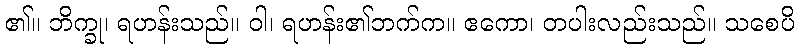
၏။ ဘိက္ခု၊ ရဟန်းသည်။ ဝါ၊ ရဟန်း၏ဘက်က။ ဧကော၊ တပါးလည်းသည်။ သစေပိ